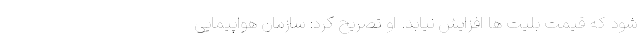
شود که قیمت بلیت ها افزایش نیابد. او تصریح کرد: سازمان هواپیمایی